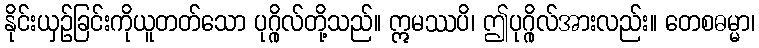
နိုင်းယှဉ်ခြင်းကိုယူတတ်သော ပုဂ္ဂိုလ်တို့သည်။ ဣမဿပိ၊ ဤပုဂ္ဂိုလ်အားလည်း။ တေစဓမ္မာ၊